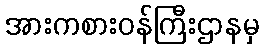
အားကစားဝန်ကြီးဌာနမှ